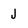
Character: J